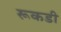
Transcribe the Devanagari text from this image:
रूकडी